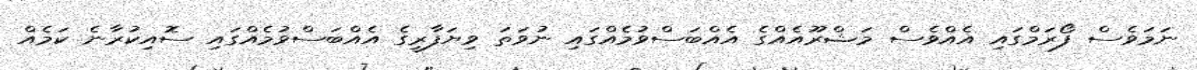
ނަމަވެސް ފޯރަމްގައި އެއްވެސް މަޝްރޫއެއްގެ އެއްބަސްވުމެއްގައި ނުވަތަ ވިޔަފާރީގެ އެއްބަސްވުމެއްގައި ސޮއިކުރާނެ ކަމެއް